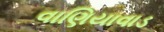
વાણિયાવાડ